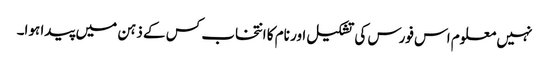
نہیں معلوم اس فورس کی تشکیل اور نام کا انتخاب کس کے ذہن میں پیدا ہوا۔